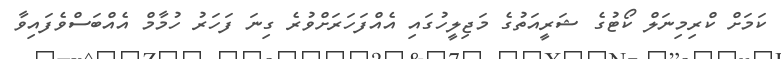
ކަމަށް ކްރިމިނަލް ކޯޓުގެ ޝަރީއަތުގެ މަޖިލީހުގައި އެއްފަހަރަށްވުރެ ގިނަ ފަހަރު ހުމާމް އެއްބަސްވެފައިވާ